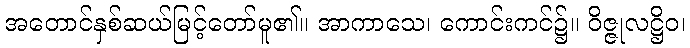
အတောင်နှစ်ဆယ်မြင့်တော်မူ၏။ အာကာသေ၊ ကောင်းကင်၌။ ဝိဇ္ဇုလဋ္ဌိဝ၊